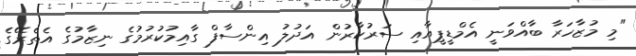
"މި މުޒާހަރާ ބާއްވަނީ އެމްޑީޕީއާއި ސަރުކާރުން އަދުލު އިންސާފް ގާއިމުކުރުމުގެ ނިޒާމުގެ އެތެރޭގެ